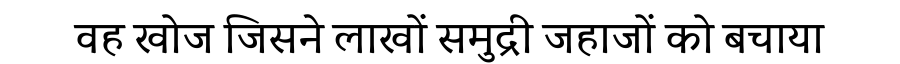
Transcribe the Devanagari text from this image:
वह खोज जिसने लाखों समुद्री जहाजों को बचाया